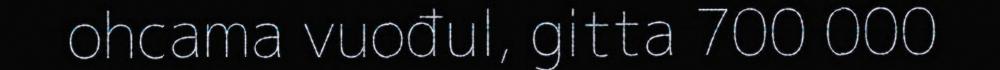
ohcama vuođul, gitta 700 000